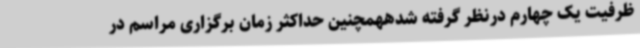
ظرفیت یک چهارم درنظر گرفته شدههمچنین حداکثر زمان برگزاری مراسم در